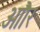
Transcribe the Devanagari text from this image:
आौर